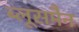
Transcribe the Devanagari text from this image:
ब्लूसमैन